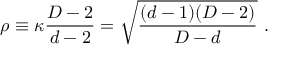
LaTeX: \rho \equiv \kappa { \frac { D - 2 } { d - 2 } } = \sqrt { \frac { ( d - 1 ) ( D - 2 ) } { D - d } } ~ .